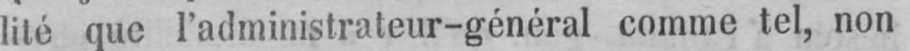
lité que l’administrateur-général comme tel, non